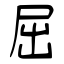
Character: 屈